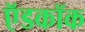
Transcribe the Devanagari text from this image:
ऍडकॉक